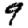
Digit: 9